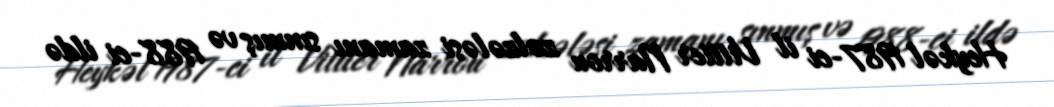
Heykəl 1987-ci il Vittier Narrou zəlzələsi zamanı sınmış və 1988-ci ildə